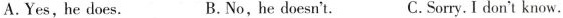
A.Yes,he does. B.No,he doesn't. C.Sorry. I don't know.